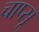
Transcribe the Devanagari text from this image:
चाप्सू